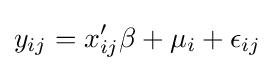
y_{ij}=x_{ij}'\beta +\mu _{i}+\epsilon _{ij}